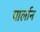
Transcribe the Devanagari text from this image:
पार्लान